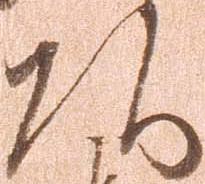
頭